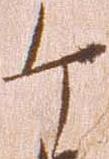
ケ